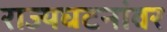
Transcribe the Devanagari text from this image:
राज्यघटनांवर